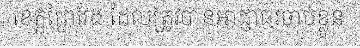
ខេត្តព្រៃវែង ដែលត្រូវបានអាជ្ញាធរចាប់ខ្លួន